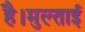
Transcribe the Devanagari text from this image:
है।मुल्ताई